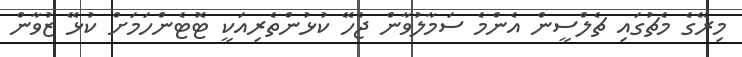
މިރޭގެ މެޗުގައި ޗެލްސީން އެންމެ ސަމާލުވާން ޖެހޭ ކުޅުންތެރިއަކީ ޓޮޓެންހަމަށް ކުޅޭ ޒުވާން